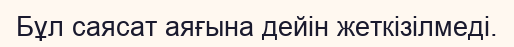
Бұл саясат аяғына дейін жеткізілмеді.